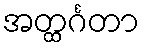
အတ္ထင်္ဂတာ